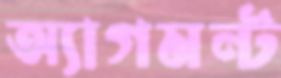
অ্যাগমন্ট